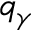
q _ { \gamma }